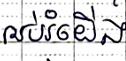
អប់រំយើង